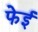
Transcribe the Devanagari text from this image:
फेई